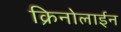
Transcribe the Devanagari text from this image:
क्रिनोलाईन